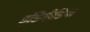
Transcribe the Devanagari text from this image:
इंडिमीडिया